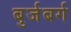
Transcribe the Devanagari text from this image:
बुर्जबर्ग